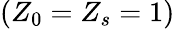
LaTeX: (Z_{0}=Z_{s}=1)